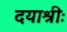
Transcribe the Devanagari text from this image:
दयाश्रीः